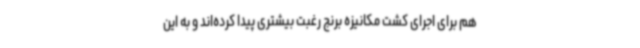
هم برای اجرای کشت مکانیزه برنج رغبت بیشتری پیدا کرده‌اند و به این